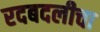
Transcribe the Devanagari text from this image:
रदबदलीचा